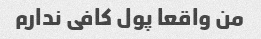
من واقعا پول کافی ندارم